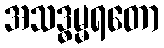
အသဒ္ဓမ္မရတော